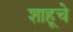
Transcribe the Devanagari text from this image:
शाहूचे